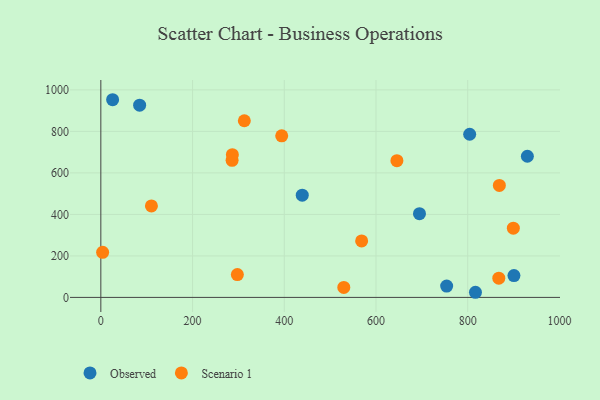
{"axis": {"x": "Speed", "y": "Sales"}, "legend": ["Observed", "Scenario 1"], "data": [{"x": "754.1", "y": 54.7, "type": "Observed"}, {"x": "930.1", "y": 680.1, "type": "Observed"}, {"x": "804.3", "y": 786.3, "type": "Observed"}, {"x": "816.9", "y": 24.7, "type": "Observed"}, {"x": "900.8", "y": 105.3, "type": "Observed"}, {"x": "25.7", "y": 952.6, "type": "Observed"}, {"x": "84.6", "y": 926.1, "type": "Observed"}, {"x": "439.2", "y": 492.5, "type": "Observed"}, {"x": "694.8", "y": 403.7, "type": "Observed"}, {"x": "529.8", "y": 48.0, "type": "Scenario 1"}, {"x": "869.0", "y": 539.6, "type": "Scenario 1"}, {"x": "867.8", "y": 92.5, "type": "Scenario 1"}, {"x": "645.6", "y": 658.7, "type": "Scenario 1"}, {"x": "568.7", "y": 272.0, "type": "Scenario 1"}, {"x": "286.2", "y": 660.7, "type": "Scenario 1"}, {"x": "899.5", "y": 333.6, "type": "Scenario 1"}, {"x": "110.3", "y": 440.7, "type": "Scenario 1"}, {"x": "394.4", "y": 778.5, "type": "Scenario 1"}, {"x": "312.9", "y": 851.2, "type": "Scenario 1"}, {"x": "297.7", "y": 110.2, "type": "Scenario 1"}, {"x": "3.9", "y": 217.3, "type": "Scenario 1"}, {"x": "286.8", "y": 687.6, "type": "Scenario 1"}]}